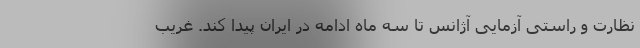
نظارت و راستی آزمایی آژانس تا سه ماه ادامه در ایران پیدا کند. غریب